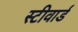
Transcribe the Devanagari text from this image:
स्टीवार्ड